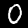
Label: 0